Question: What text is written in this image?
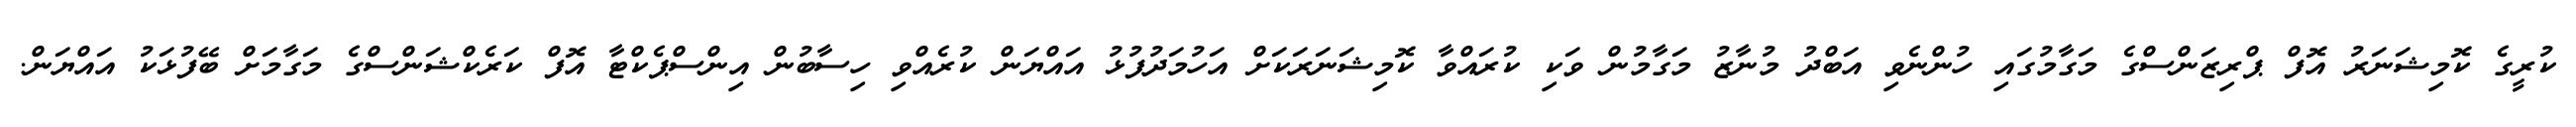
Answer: ކުރީގެ ކޮމިޝަނަރު އޮފް ޕްރިޒަންސްގެ މަގާމުގައި ހުންނެވި އަބްދު މުނާޒު މަގާމުން ވަކި ކުރައްވާ ކޮމިޝަނަރަކަށް އަހުމަދުފުޅު އައްޔަން ކުރެއްވި ހިސާބުން އިންސްޕެކްޓާ އޮފް ކަރެކްޝަންސްގެ މަގާމަށް ބޭފުޅަކު އައްޔަން.